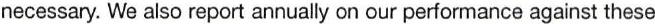
necessary. We also report annually on our performance against these